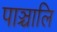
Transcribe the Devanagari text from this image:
पाञ्चालि